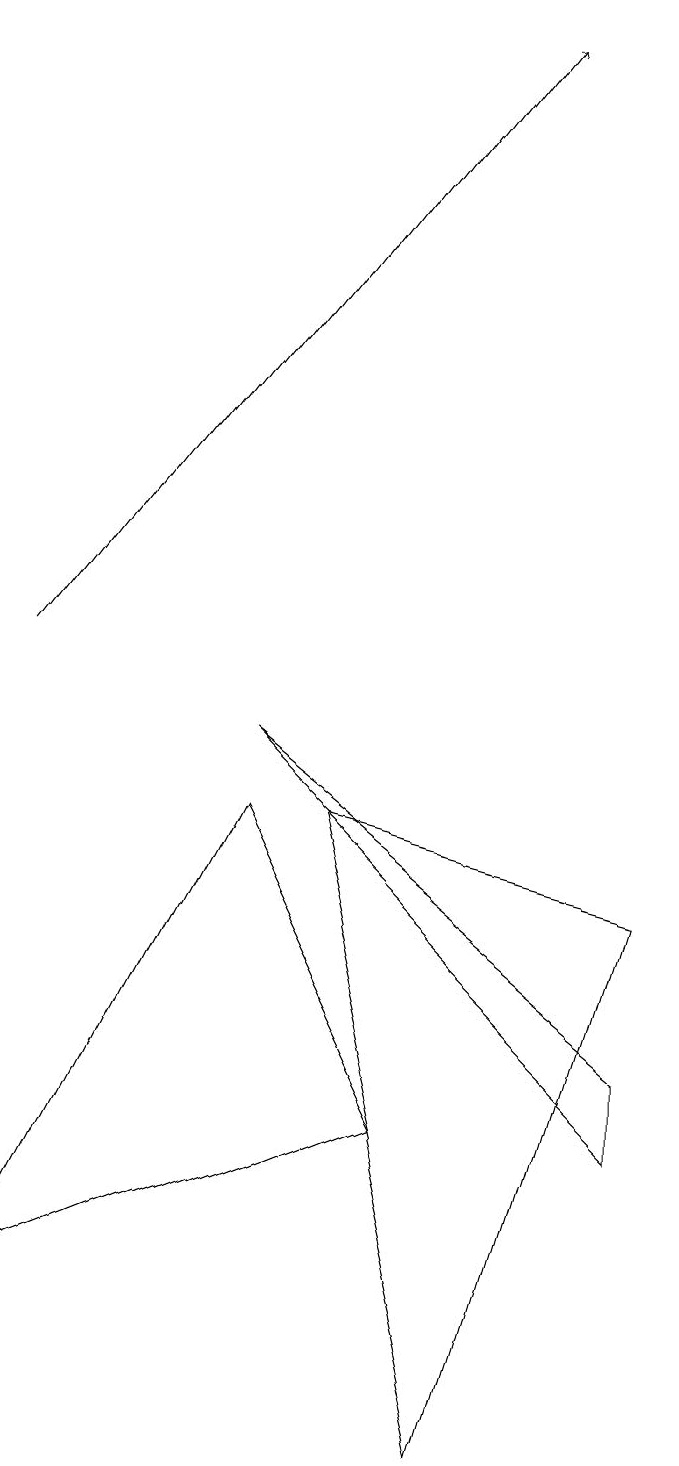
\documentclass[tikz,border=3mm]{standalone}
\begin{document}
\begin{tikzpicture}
\draw[->] (0,10) -- (6,18);
\draw (8,4) -- (3,9) -- (8,5) -- cycle;
\draw (8,7) -- (4,8) -- (6,0) -- cycle;
\draw (5,4) -- (3,8) -- (0,2) -- cycle;
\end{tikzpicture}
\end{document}